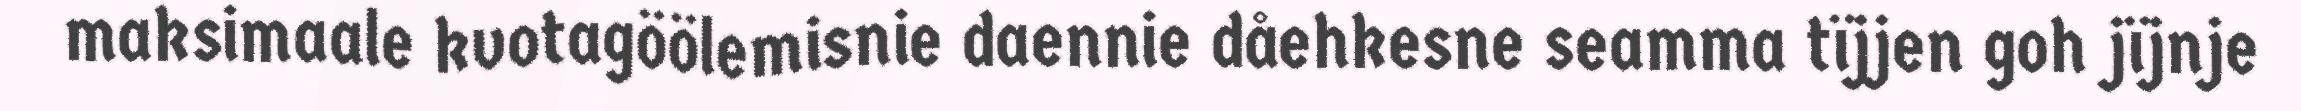
maksimaale kvotagöölemisnie daennie dåehkesne seamma tïjjen goh jïjnje